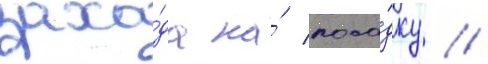
захо́да на́ поса́дку /